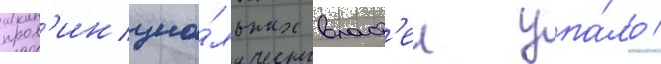
пров'инциа́льных власт'еи упа́ло /